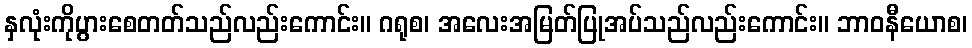
နှလုံးကိုပွားစေတတ်သည်လည်းကောင်း။ ဂရုစ၊ အလေးအမြတ်ပြုအပ်သည်လည်းကောင်း။ ဘာဝနီယောစ၊